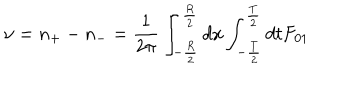
LaTeX: \nu = n _ { + } - n _ { - } = { \frac { 1 } { 2 \pi } } \int _ { - { \frac { R } { 2 } } } ^ { { \frac { R } { 2 } } } d x \int _ { - { \frac { T } { 2 } } } ^ { { \frac { T } { 2 } } } d t F _ { 0 1 }